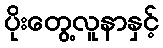
ပိုးတွေ့လူနာနှင့်